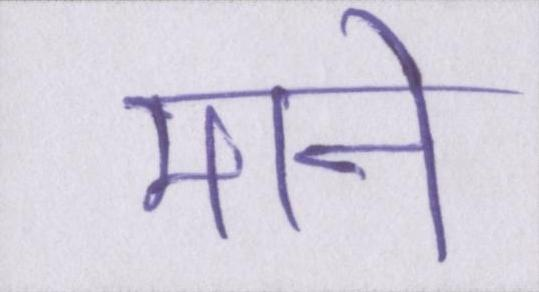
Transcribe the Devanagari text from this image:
माने